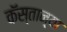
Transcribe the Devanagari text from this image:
कॅस्तान्या